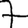
Digit: 7